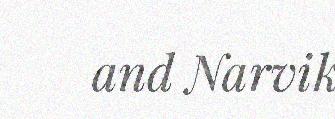
and Narvik